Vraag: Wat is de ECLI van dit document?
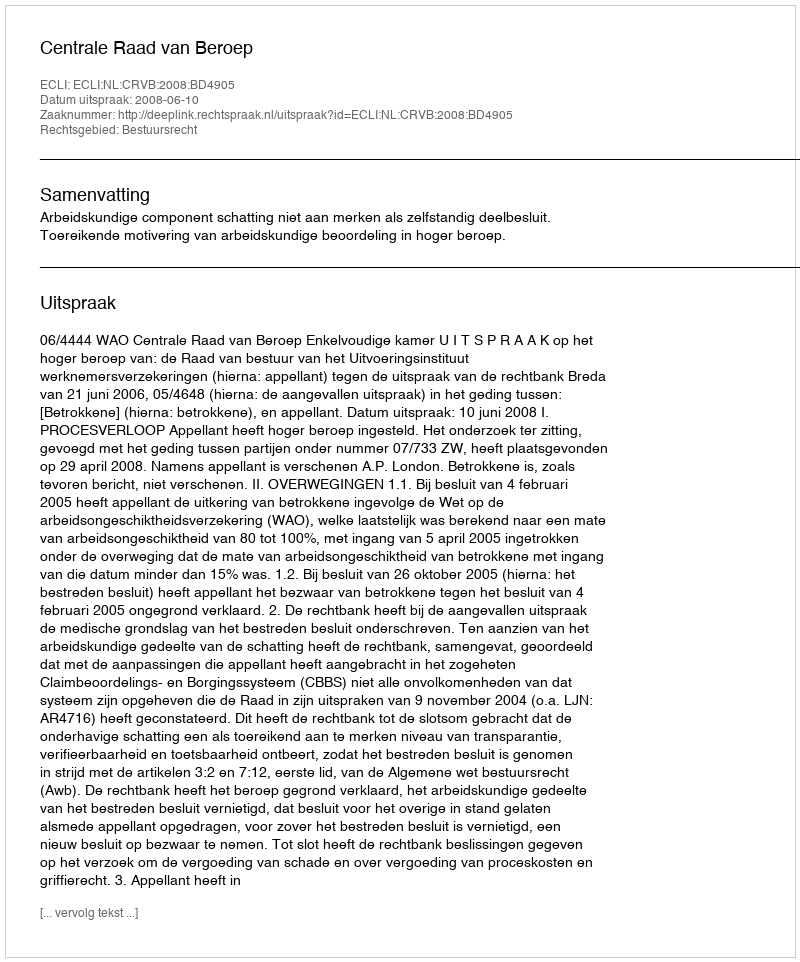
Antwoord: ECLI:NL:CRVB:2008:BD4905